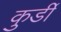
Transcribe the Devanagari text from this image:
कुर्डी